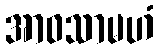
အာဝသာမဟံ